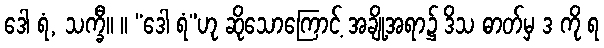
ဒေါ ရံ, သက္ခီ။ ။ “ဒေါ ရံ”ဟု ဆိုသောကြောင့် အချို့အရာ၌ ဒိသ ဓာတ်မှ ဒ ကို ရ